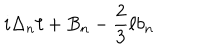
LaTeX: i \Delta _ { n } \ell + B _ { n } - { \frac { 2 } { 3 } } \ell b _ { n }